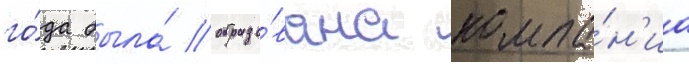
го́да была́ образо́вана компа́н'иа